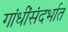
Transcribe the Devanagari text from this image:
गांधींसंदर्भात